Annual report of the Imperial Bacteriological Laboratory, Muktesar
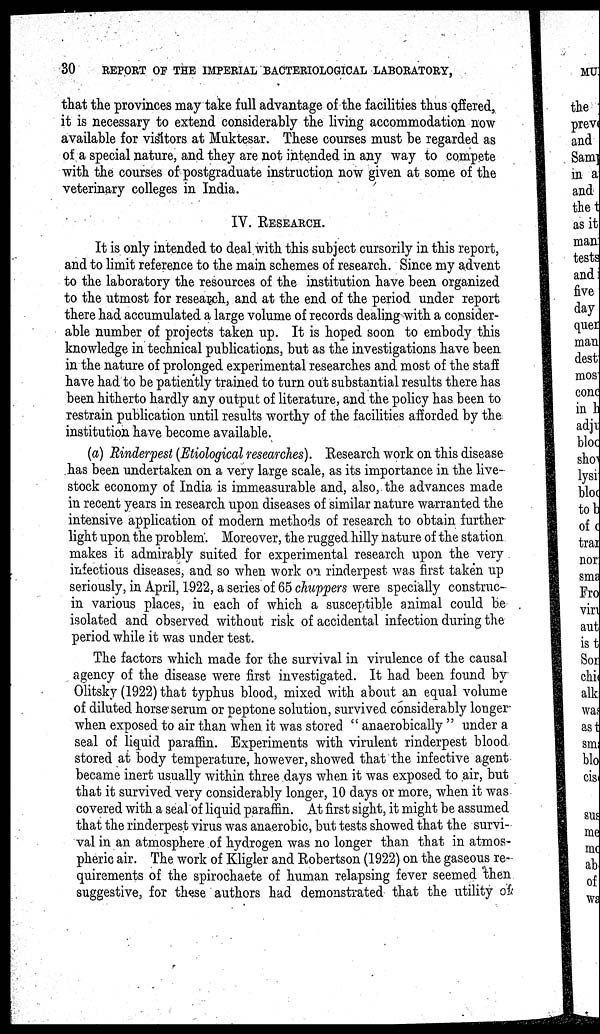
30
REPORT OF THE IMPERIAL BACTERIOLOGICAL LABORATORY,
that the provinces may take full advantage of the facilities thus offered,
it is necessary to extend considerably the living accommodation now
available for visitors at Muktesar. These courses must be regarded as
of a special nature, and they are not intended in any way to compete
with the courses of postgraduate instruction now given at some of the
veterinary colleges in India.
IV. RESEARCH.
It is only intended to deal with this subject cursorily in this report,
and to limit reference to the main schemes of research. Since my advent
to the laboratory the resources of the institution have been organized
to the utmost for research, and at the end of the period under report
there had accumulated a large volume of records dealing with a consider-
able number of projects taken up. It is hoped soon to embody this
knowledge in technical publications, but as the investigations have been
in the nature of prolonged experimental researches and most of the staff
have had to be patiently trained to turn out substantial results there has
been hitherto hardly any output of literature, and the policy has been to
restrain publication until results worthy of the facilities afforded by the
institution have become available.
(a) Rinderpest (Etiological researches). Research work on this disease
has been undertaken on a very large scale, as its importance in the live-
stock economy of India is immeasurable and, also, the advances made
in recent years in research upon diseases of similar nature warranted the
intensive application of modern methods of research to obtain further
light upon the problem. Moreover, the rugged hilly nature of the station
makes it admirably suited for experimental research upon the very
infectious diseases, and so when work on rinderpest was first taken up
seriously, in April, 1922, a series of 65 chuppers were specially construc-
in various places, in each of which a susceptible animal could be
isolated and observed without risk of accidental infection during the
period while it was under test.
The factors which made for the survival in virulence of the causal
agency of the disease were first investigated. It had been found by
Olitsky (1922) that typhus blood, mixed with about an equal volume
of diluted horse serum or peptone solution, survived considerably longer
when exposed to air than when it was stored " anaerobically " under a
seal of liquid paraffin. Experiments with virulent rinderpest blood
stored at body temperature, however, showed that the infective agent
became inert usually within three days when it was exposed to air, but
that it survived very considerably longer, 10 days or more, when it was
covered with a seal of liquid paraffin. At first sight, it might be assumed
that the rinderpest virus was anaerobic, but tests showed that the survi-
val in an atmosphere of hydrogen was no longer than that in atmos-
pheric air. The work of Kligler and Robertson (1922) on the gaseous re-
quirements of the spirochaete of human relapsing fever seemed then
suggestive, for these authors had demonstrated that the utility of